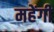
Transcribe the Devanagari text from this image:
महेंगी